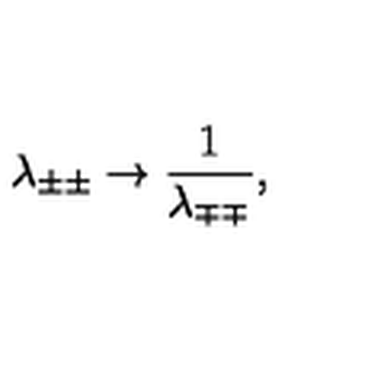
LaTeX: \lambda _ { \pm \pm } \rightarrow { \frac { 1 } { \lambda _ { \mp \mp } } } ,